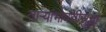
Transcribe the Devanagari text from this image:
ताऱ्यांभोवतीसुद्धा